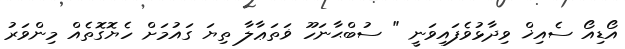
އޯޑިއޯ ސެއިޚް ވިދާޅުވެފައިވަނީ " ސުބްޙާނަހޫ ޥަތަޢާލާ ތިޔަ ގައުމަށް ހެޔޮގޮތެއް މިންވަރު